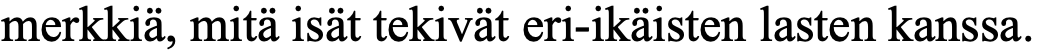
merkkiä, mitä isät tekivät eri-ikäisten lasten kanssa.